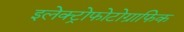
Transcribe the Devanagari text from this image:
इलेक्ट्रोफोटोग्राफिक